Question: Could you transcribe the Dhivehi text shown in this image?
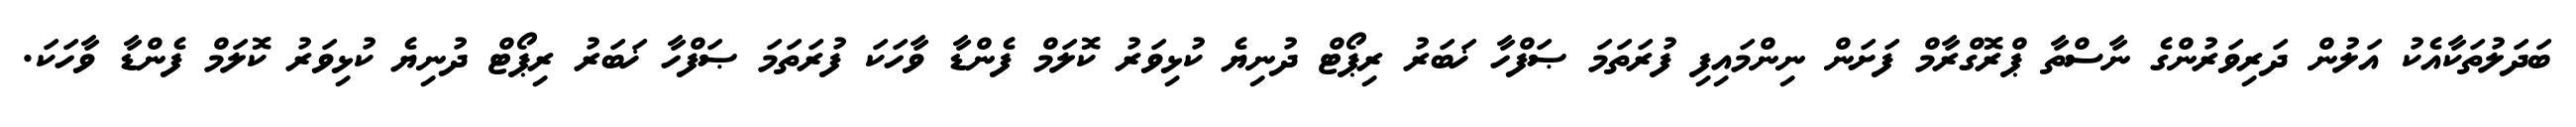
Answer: ބަދަލުތަކާއެކު އަލުން ދަރިވަރުންގެ ނާސްތާ ޕްރޮގްރާމް ފަށަން ނިންމައިފި ފުރަތަމަ ޞަފްހާ ޚަބަރު ރިޕޯޓް ދުނިޔެ ކުޅިވަރު ކޮލަމް ފެންޑާ ވާހަކަ ފުރަތަމަ ޞަފްހާ ޚަބަރު ރިޕޯޓް ދުނިޔެ ކުޅިވަރު ކޮލަމް ފެންޑާ ވާހަކަ.